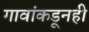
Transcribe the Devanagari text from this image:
गावांकडूनही